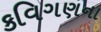
કવિગણના